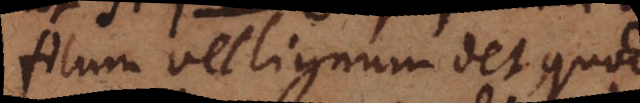
filum vel lignum det, quod